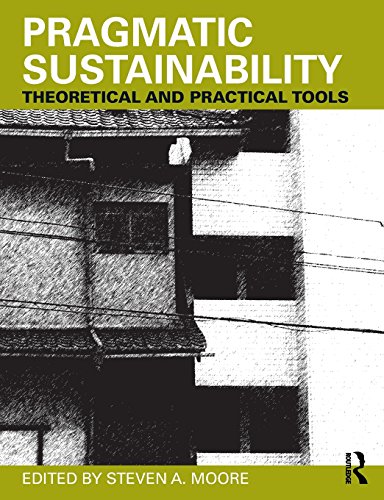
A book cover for Pragmatic Sustainability: Theoretical and Practical Tools; Arts & Photography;